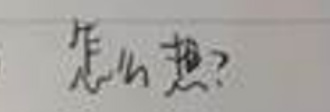
怎么想？